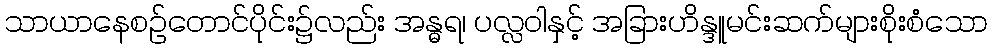
သာယာနေစဉ်တောင်ပိုင်း၌လည်း အန္ဓရ၊ ပလ္လဝါနှင့် အခြားဟိန္ဒူမင်းဆက်များစိုးစံသော